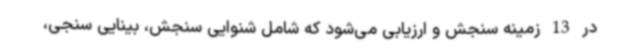
در 13 زمینه سنجش و ارزیابی می‌شود که شامل شنوایی سنجش، بینایی سنجی،